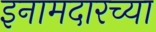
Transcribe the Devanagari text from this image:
इनामदारच्या